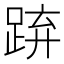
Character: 𨁐